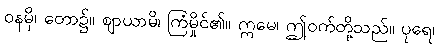
ဝနမှိ၊ တော၌။ ဈာယာမိ၊ ကြံမှိုင်၏။ ဣမေ၊ ဤဝက်တို့သည်။ ပုရေ၊